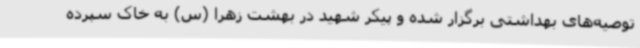
توصیه‌های بهداشتی برگزار شده و پیکر شهید در بهشت زهرا (س) به خاک سپرده